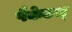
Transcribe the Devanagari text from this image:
पैकेटस्